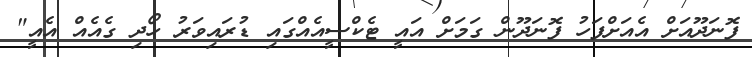
ފޮނަދޫއަށް އެއަށްފަހު ފޮނަދޫން ގަމަށް އައީ ޓެކްސީއެއްގައި ޑުރައިވަރު ހޯދި ގެއެއް އެއީ"